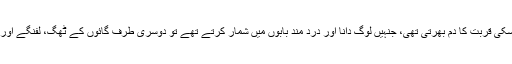
ایک طرف بابا رجو اور بابا فرتا کی جوڑی اسکی قربت کا دم بھرتی تھی، جنہیں لوگ دانا اور درد مند بابوں میں شمار کرتے تھے تو دوسری طرف گائوں کے ٹھگ، لفنگے اور غنڈے بھی اس سے دادِ تحسین سمیٹتے تھے۔